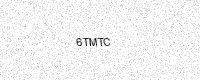
Text: 6TMTC